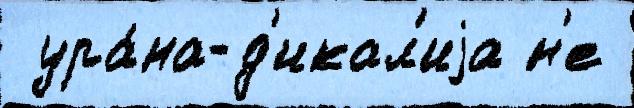
 ура́на-д'икал'иjа н'е